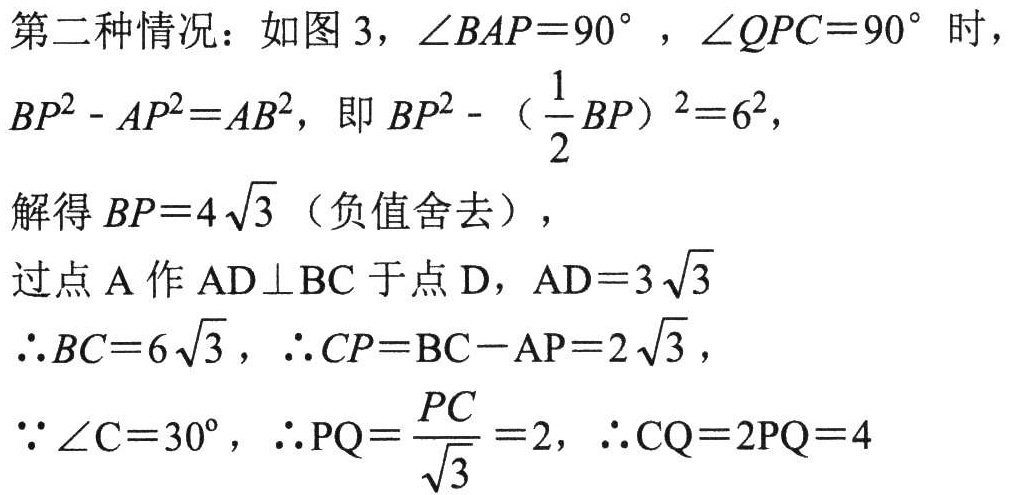
第二种情况：如图 3，\(\angle BAP = 90^{\circ}\)，\(\angle QPC = 90^{\circ}\)时，
\(BP^{2}-AP^{2}=AB^{2}\)，即\(BP^{2}-（\frac{1}{2}BP）^{2}=6^{2}\)，
解得\(BP = 4\sqrt{3}\)（负值舍去），
过点\(A\)作\(AD\perp BC\)于点\(D\)，\(AD = 3\sqrt{3}\)
\(\therefore BC = 6\sqrt{3}\)，\(\therefore CP = BC - AP = 2\sqrt{3}\)，
\(\because \angle C = 30^{\circ}\)，\(\therefore PQ=\frac{PC}{\sqrt{3}} = 2\)，\(\therefore CQ = 2PQ = 4\)